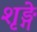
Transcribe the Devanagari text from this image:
शृङ्गे